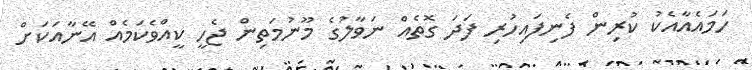
ހަމައެއާއެކު ކުރިން ފެނިފައިހުރި ފަދަ ގޮތެއް ނަވާލުގެ މޫނުމަތިން ޖެހީ ކީއްވެކަމެއް އޭނާއަކަށް